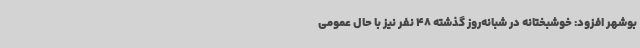
بوشهر افزود: خوشبختانه در شبانه‌روز گذشته 48 نفر نیز با حال عمومی